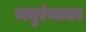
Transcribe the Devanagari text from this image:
मधुरंथाका